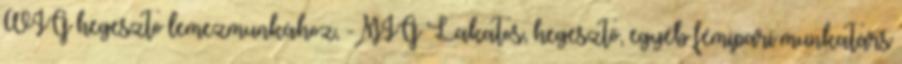
WIG hegesztö lemezmunkához, -MIG Lakatos, hegesztő, egyéb fémipari munkatárs